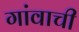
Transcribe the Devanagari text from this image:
गांवाची